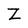
Character: Z